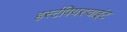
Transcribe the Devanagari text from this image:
हर्स्टपियरप्वाइंट